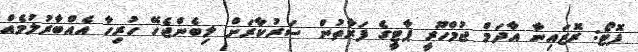
ފޮޓޯ: ރޮޒައިނާ އާދަމް ޖުމްހޫރީ ޕާޓީގެ ފަރާތުން ސަރުކާރަށް ލިބެންޖެހޭ ހުރިހާ އެއްބާރުލުމެއް